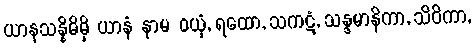
ယာနသန္နိဓိမှိ ယာနံ နာမ ဝယှံ, ရထော, သကဋံ, သန္ဒမာနိကာ, သိဝိကာ,